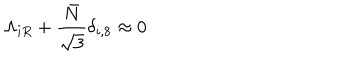
\Lambda _ { i R } + \frac { \bar { N } } { \sqrt 3 } \delta _ { i , 8 } \approx 0